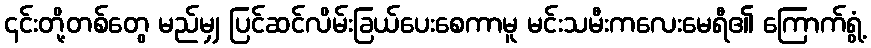
၎င်းတို့တစ်တွေ မည်မျှ ပြင်ဆင်လိမ်းခြယ်ပေးစေကာမူ မင်းသမီးကလေးမေရီ၏ ကြောက်ရွံ့